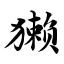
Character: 獭